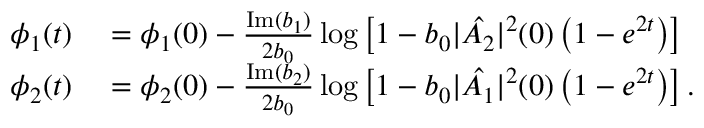
\begin{array} { r l } { \phi _ { 1 } ( t ) } & { { } = \phi _ { 1 } ( 0 ) - \frac { \mathrm { I m } ( b _ { 1 } ) } { 2 b _ { 0 } } \log \left[ 1 - b _ { 0 } | \hat { A _ { 2 } } | ^ { 2 } ( 0 ) \left( 1 - e ^ { 2 t } \right) \right] } \\ { \phi _ { 2 } ( t ) } & { { } = \phi _ { 2 } ( 0 ) - \frac { \mathrm { I m } ( b _ { 2 } ) } { 2 b _ { 0 } } \log \left[ 1 - b _ { 0 } | \hat { A _ { 1 } } | ^ { 2 } ( 0 ) \left( 1 - e ^ { 2 t } \right) \right] . } \end{array}